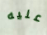
عليه